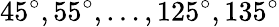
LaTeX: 45^{\circ},55^{\circ},\ldots,125^{\circ},135^{\circ}